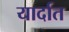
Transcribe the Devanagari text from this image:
यार्दात